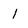
Character: 1